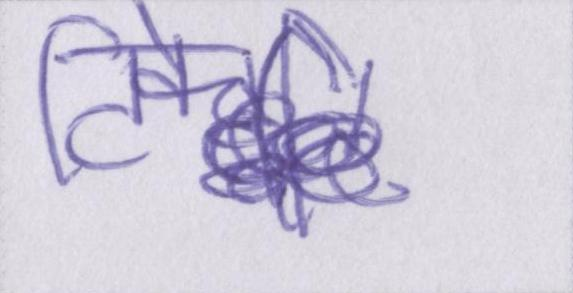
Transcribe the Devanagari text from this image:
टिके